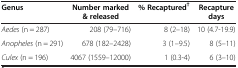
| Genus | Number marked & released | % Recaptured† | Recapture days |
 | --- | --- | --- | --- |
 | Aedes (n = 287) | 208 (79–716) | 8 (2–18) | 10 (4.7-19.9) |
 | Anopheles (n = 291) | 678 (182–2428) | 3 (1–9.5) | 8 (5–11) |
 | Culex (n = 196) | 4067 (1559–12000) | 1 (0.3-4) | 6 (3–10) |